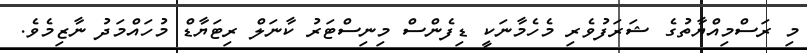
މި ރަސްްމިއްޔާތުގެ ޝަރަފުވެރި މެހެމާނަކީ ޑިފެންސް މިނިސްޓަރު ކާނަލް ރިޓަޔާޑް މުހައްމަދު ނާޒިމެވެ.